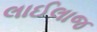
લાઈલાજ